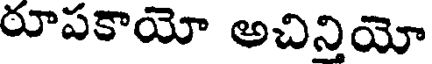
రూపకాయో అచినియో